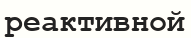
реактивной